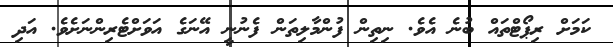
ކަމަށް ރިޕޯޓްތައް ބުނެ އެވެ. ނިތިން ފުންމާލިތަން ފެނުނީ އޭނަގެ އަވަށްޓެރިންނަށެވެ. އަދި